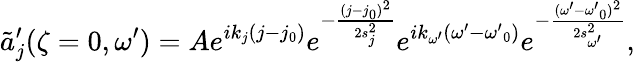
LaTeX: \tilde{a}_{j}^{\prime}(\zeta=0,\omega^{\prime})=Ae^{ik_{j}(j-j_{0})}e^{-\frac{(j-j_{0})^{2}}{2s_{j}^{2}}}e^{ik_{\omega^{\prime}}({\omega^{\prime}}-{\omega^{\prime}}_{0})}e^{-\frac{({\omega^{\prime}}-{\omega^{\prime}}_{0})^{2}}{2s_{\omega^{\prime}}^{2}}},